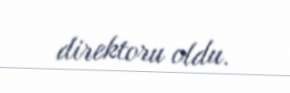
direktoru oldu.